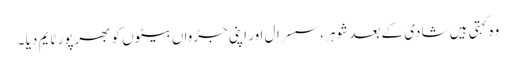
وہ کہتی ہیں شادی کے بعد شوہر ،سسرال اور اپنی جڑواں بیٹوں کو بھرپور ٹایم دیا ۔